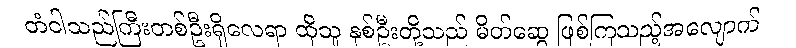
တံငါသည်ကြီးတစ်ဦးရှိလေရာ ထိုသူ နှစ်ဦးတို့သည် မိတ်ဆွေ ဖြစ်ကြသည့်အလျောက်